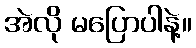
အဲလို မပြောပါနဲ့။